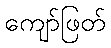
ကျော်ဖြတ်